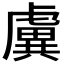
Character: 𧇽